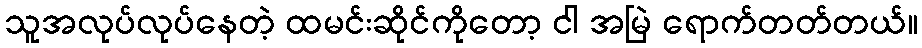
သူအလုပ်လုပ်နေတဲ့ ထမင်းဆိုင်ကိုတော့ ငါ အမြဲ ရောက်တတ်တယ်။